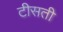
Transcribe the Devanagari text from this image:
टीसती